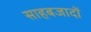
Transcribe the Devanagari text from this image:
साहबजादों